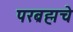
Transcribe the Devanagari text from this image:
परब्रह्मचे